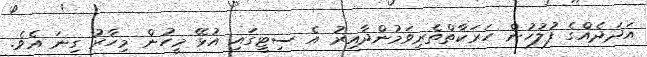
އަދަދެއްގެ ފުލުހުން ހަރަކާތްތެރިވަމުންދާއިރު އެ ސިޓީގައި އުޅޭ މީހުން މިހާރު ގިނަ އެވެ.